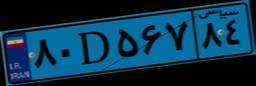
۸۰D۵۶۷۸۴